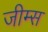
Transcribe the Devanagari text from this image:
जीम्स